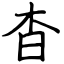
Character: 杳